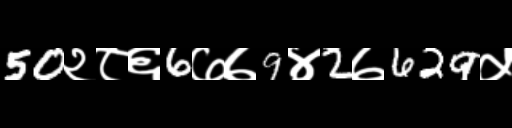
Text: 50२८६6७७9४2७629५